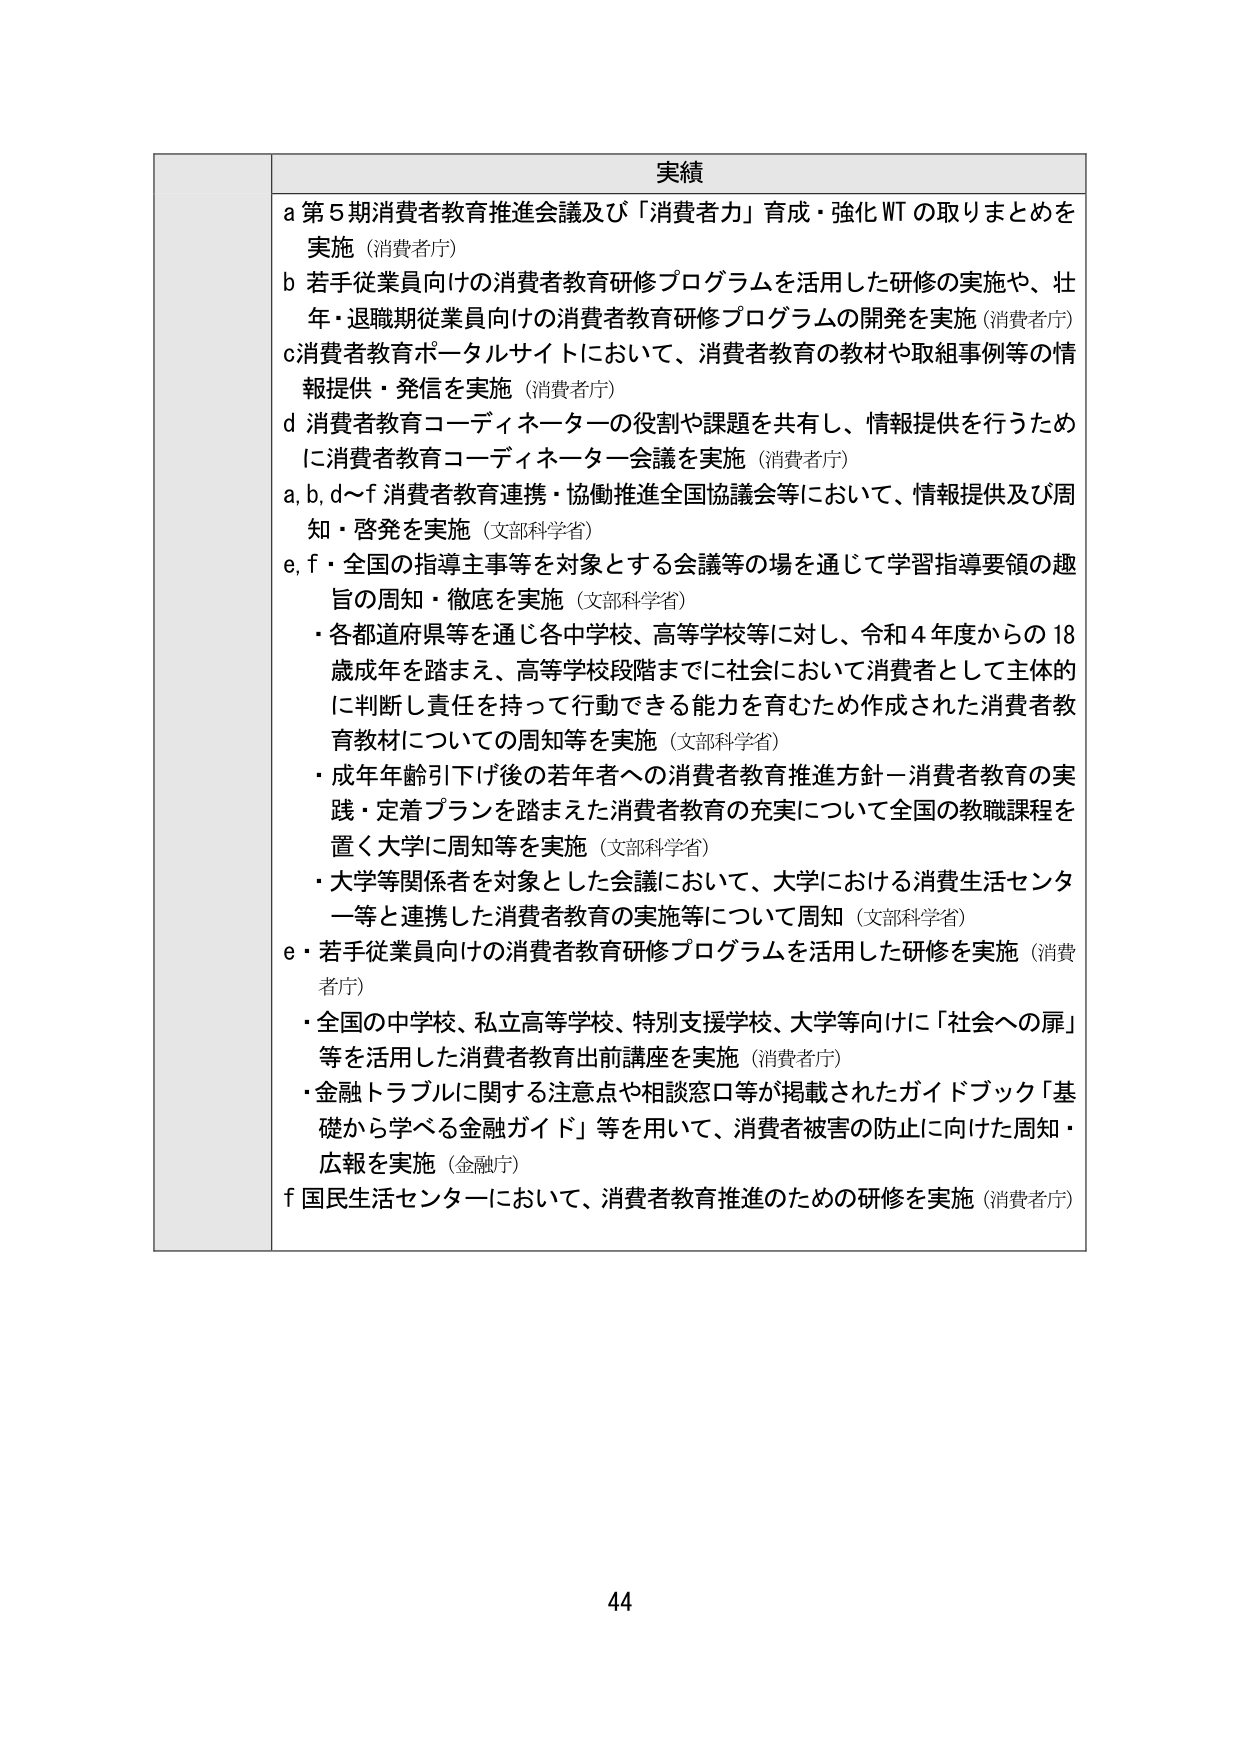
実績
a 第5期消費者教育推進会議及び「消費者力」育成・強化WTの取りまとめを実施（消費者庁）
b 若手従業員向けの消費者教育研修プログラムを活用した研修の実施や、壮年・退職期従業員向けの消費者教育研修プログラムの開発を実施（消費者庁）
c 消費者教育ポータルサイトにおいて、消費者教育の教材や取組事例等の情報提供・発信を実施（消費者庁）
d 消費者教育コーディネーターの役割や課題を共有し、情報提供を行うために消費者教育コーディネーター会議を実施（消費者庁）
a, b, d～f 消費者教育連携・協働推進全国協議会等において、情報提供及び周知・啓発を実施（文部科学省）
e, f・全国の指導主事等を対象とする会議等の場を通じて学習指導要領の趣旨の周知・徹底を実施（文部科学省）
・各都道府県等を通じ各中学校、高等学校等に対し、令和4年度からの18歳成年を踏まえ、高等学校段階までに社会において消費者として主体的に判断し責任を持って行動できる能力を育むため作成された消費者教育教材についての周知等を実施（文部科学省）
・成年年齢引下げ後の若年者への消費者教育推進方針－消費者教育の実践・定着プランを踏まえた消費者教育の充実について全国の教職課程を置く大学に周知等を実施（文部科学省）
・大学等関係者を対象とした会議において、大学における消費生活センター等と連携した消費者教育の実施等について周知（文部科学省）
e・若手従業員向けの消費者教育研修プログラムを活用した研修を実施（消費者庁）
・全国の中学校、私立高等学校、特別支援学校、大学等向けに「社会への扉」等を活用した消費者教育出前講座を実施（消費者庁）
・金融トラブルに関する注意点や相談窓口等が掲載されたガイドブック「基礎から学べる金融ガイド」等を用いて、消費者被害の防止に向けた周知・広報を実施（金融庁）
f 国民生活センターにおいて、消費者教育推進のための研修を実施（消費者庁）
44